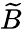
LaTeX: \widetilde{B}